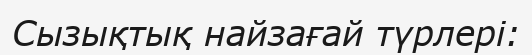
Сызықтық найзағай түрлері: